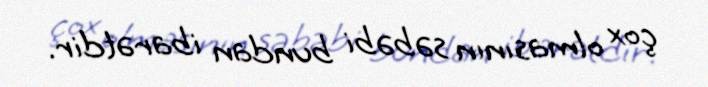
çox olmasının səbəbi bundan ibarətdir.